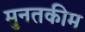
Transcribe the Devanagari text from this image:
मुनतकीम